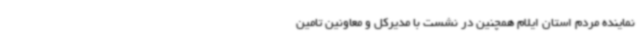
نماینده مردم استان ایلام همچنین در نشست با مدیرکل و معاونین تامین